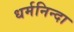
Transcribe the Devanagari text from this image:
धर्मनिन्दा